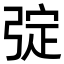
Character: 𢏹